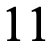
11